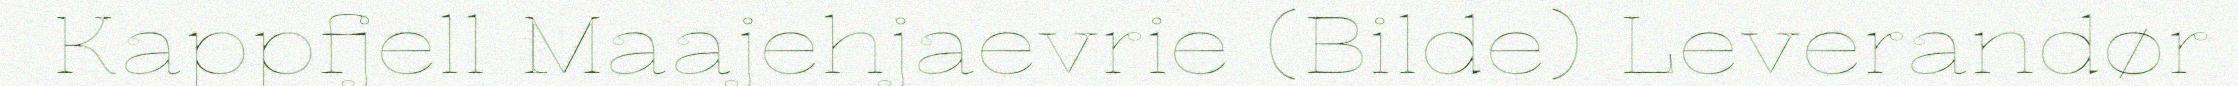
Kappfjell Maajehjaevrie (Bilde) Leverandør